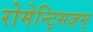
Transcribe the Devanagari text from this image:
रोमेन्ट्सिज़म्